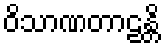
ဝိသာဏတာဠန္တိ